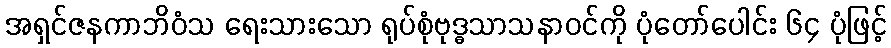
အရှင်ဇနကာဘိဝံသ ရေးသားသော ရုပ်စုံဗုဒ္ဓသာသနာဝင်ကို ပုံတော်ပေါင်း ၆၄ ပုံဖြင့်